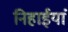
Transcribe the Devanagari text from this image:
निहाईयां